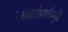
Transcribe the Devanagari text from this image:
सत्तासंघर्षामुळे